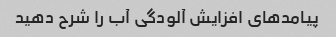
پیامدهای افزایش آلودگی آب را شرح دهید